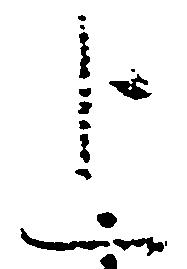
上